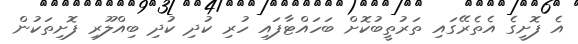
އެ ފޮށީގެ އެތެރޭގައި ތަރުތީބުކޮށް ބަހައްޓާފައި ހުރި ކުދި ކުދި ބިއްލޫރި ފޮށިތަކުން